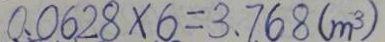
0 . 0 6 2 8 \times 6 = 3 . 7 6 8 ( m ^ { 3 } )